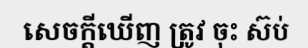
សេចក្តីឃើញ ត្រូវ ចុះ ស៊ប់